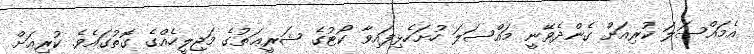
އެމައްސަލަ ކުރިއަށް ގެންދެވޭނީ މައްސަލަ ހުށަހެޅިފައިވާ ކޯޓުގެ ޝަރީޢަތުގެ މަޖިލީހެއްގެ ގޮތުގައެވެ. ކުރިއަށް